system: You are a helpful assistant.
user:
Analyze the provided spectrum to determine if it is a **Carbon Star (C-type)**.

- **Key Visual Indicators of Carbon Star:**
    - **(Primary):** Strong molecular absorption from **C₂ (diatomic carbon) "Swan Bands."** This is the **defining feature** of a carbon star.
        - **(Key Bandheads):** Sharp absorption edges are visible at approximately $5635$ Å, $5165$ Å (the strongest band), and $4737$ Å.
        - **(Line Profile):** Creates a distinct **"saw-tooth"** pattern. The key morphology is a sharp, steep bandhead on the **red (long-wavelength) side**, which then gradually tapers off (i.e., flux recovers) towards the **blue (short-wavelength) side**. *(This is the direct opposite of the TiO bands seen in M-type stars)*.

    - **(Secondary):** Intense **CN (cyanogen)** molecular absorption bands.
        - **(Key Bandheads):** Located in the blue and violet regions of the spectrum (e.g., near $4215$ Å and $3883$ Å).
        - **(Morphology):** These bands are extremely broad and act as a "blanket," absorbing the vast majority of blue and violet light. This creates a characteristic **"cliff"** or **"steep drop-off"** in the spectrum's flux at short wavelengths.

    - **(Key Confirmation):** Strong **CH absorption band (G-band)**.
        - **(Key Bandhead):** Located around $4300$ Å. The contribution from CH molecules to this band is exceptionally strong.

    - **(Overall Spectrum):**
        - The continuum is severely "chopped up" by these deep molecular bands, especially C₂, rather than appearing as a smooth curve.
        - Due to the heavy CN and C₂ absorption in the blue-green, the vast majority of the star's flux is concentrated in the red part of the spectrum, giving the star its characteristic deep red color.

Think first, call **spectral_visualization_tool** if needed to examine features in detail, then provide your final answer. Your response must adhere to the following strict rules:
1.  **Overall Structure:** Your response must follow the format `<think>...</think> <tool_call>...</tool_call> (if a tool is used) <answer>...</answer>`.
2.  **Tool Usage Constraint:** You may only make **one** tool call per turn.
3.  **Final Answer Format:** In the `<answer>` tag, your conclusion must be inside a `\boxed{}` command (e.g., `\boxed{YES}`), followed by your justification.

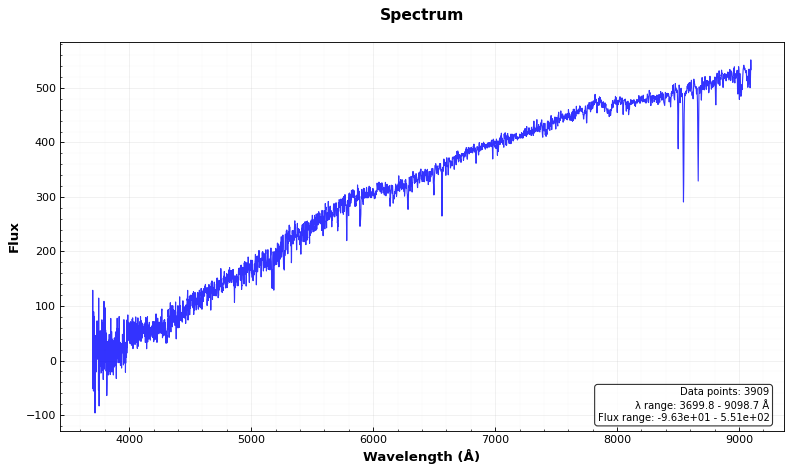
Answer: NO